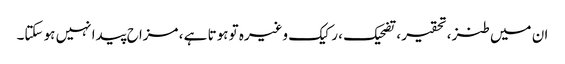
ان میں طنز ، تحقیر ، تضحیک ، رکیک وغیرہ تو ہوتا ہے ، مزاح پیدا نہیں ہو سکتا۔